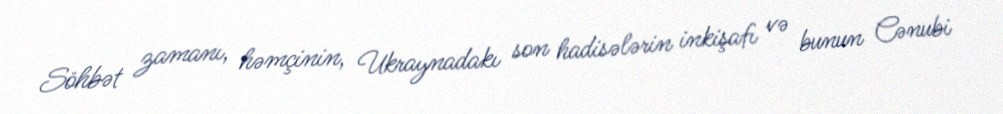
Söhbət zamanı, həmçinin, Ukraynadakı son hadisələrin inkişafı və bunun Cənubi